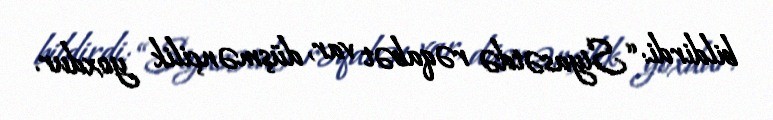
bildirdi: “Siyasətdə rəqabət var, düşmənçilik yoxdur.